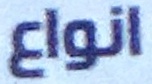
انواع